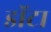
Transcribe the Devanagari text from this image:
डॉटा